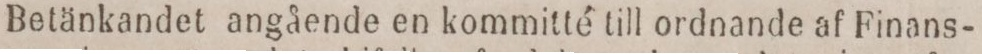
Betänkandet angående en kommitté till ordnande af Finans-